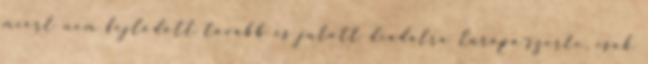
miért nem fejlődött tovább és jutott diadalra Európa-szerte, csak